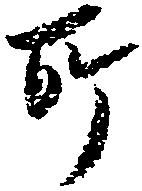
所